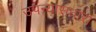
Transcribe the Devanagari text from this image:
उपन्यासधारा